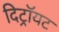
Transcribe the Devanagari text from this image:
दिट्रॉयट